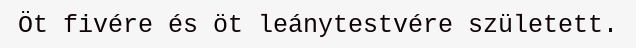
Öt fivére és öt leánytestvére született.